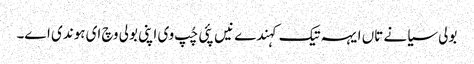
بولی سیانے تاں ایہہ تیک کہندے نیں پئی چُپ وی اپنی بولی وچ ای ہوندی اے۔